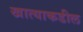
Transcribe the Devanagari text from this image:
खात्याकडील